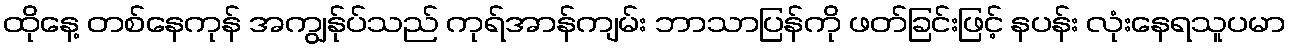
ထိုနေ့ တစ်နေကုန် အကျွန်ုပ်သည် ကုရ်အာန်ကျမ်း ဘာသာပြန်ကို ဖတ်ခြင်းဖြင့် နပန်း လုံးနေရသူပမာ